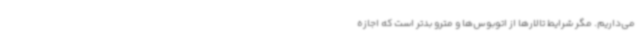
می‌داریم. مگر شرایط تالارها از اتوبوس‌ها و مترو بدتر است که اجازه